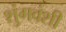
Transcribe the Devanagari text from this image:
शुंगवंशी